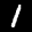
Label: 1